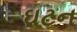
ઘટન